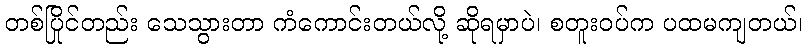
တစ်ပြိုင်တည်း သေသွားတာ ကံကောင်းတယ်လို့ ဆိုရမှာပဲ၊ စတူးဝပ်က ပထမကျတယ်၊